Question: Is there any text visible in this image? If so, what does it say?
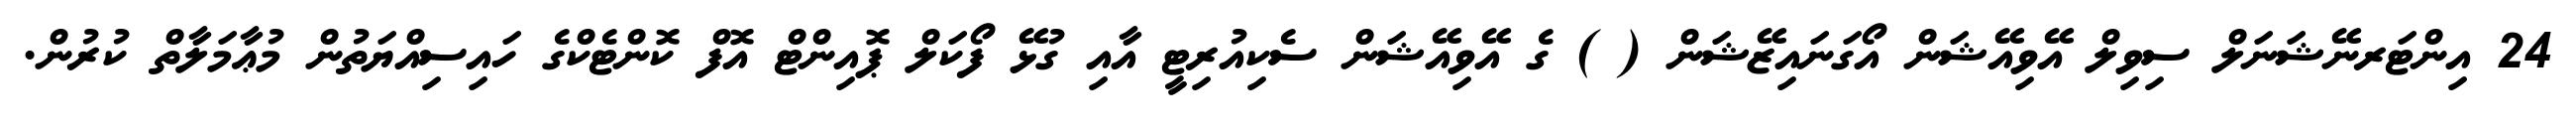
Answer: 24 އިންޓަރނޭޝަނަލް ސިވިލް އޭވިއޭޝަން އޯގަނައިޒޭޝަން ( ) ގެ އޭވިއޭޝަން ސެކިއުރިޓީ އާއި ގުޅޭ ފޯކަލް ޕޮއިންޓް އޮފް ކޮންޓެކްގެ ހައިސިއްޔަތުން މުޢާމަލާތް ކުރުން.